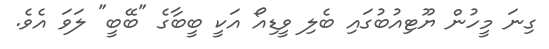
ގިނަ މީހުން ޔޫޓިއުބުގައި ބެލި ވީޑިއޯ އަކީ ބީބާގެ "ބޭބީ" ލަވަ އެވެ.